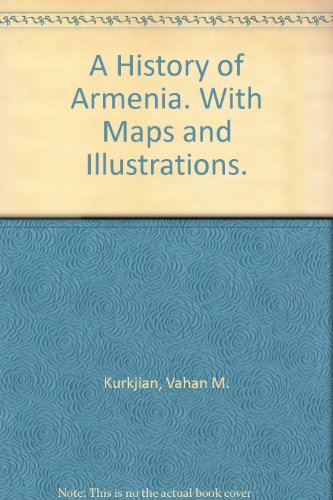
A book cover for A History of Armenia. With Maps and Illustrations.; Vahan M. Kurkjian; Travel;